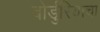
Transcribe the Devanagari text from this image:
बोर्डुरियाचा